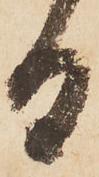
日